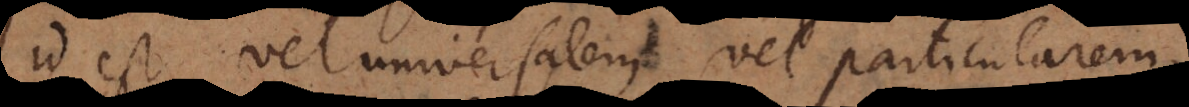
id est vel universalem vel particularem,